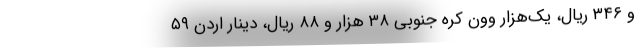
و ۳۴۶ ریال، یک‌هزار وون کره جنوبی ۳۸ هزار و ۸۸ ریال، دینار اردن ۵۹